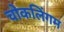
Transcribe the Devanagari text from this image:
चोकलिंगम